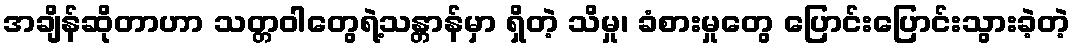
အချိန်ဆိုတာဟာ သတ္တဝါတွေရဲ့သန္တာန်မှာ ရှိတဲ့ သိမှု၊ ခံစားမှုတွေ ပြောင်းပြောင်းသွားခဲ့တဲ့